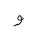
Letter: _waw